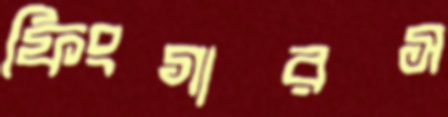
ফিংগারস